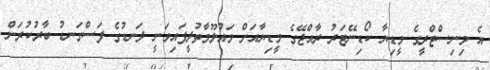
އެ މިނިސްޓްރީގެ މީޑިޔާ ކޯޑިނޭޓަރު ރާއްޖޭގެ މީޑިޔާއަށް މައުލޫމާތުދީފައިވަނީ ދަނޑުގެ ފަސްގަނޑު ބާރުކުރަން